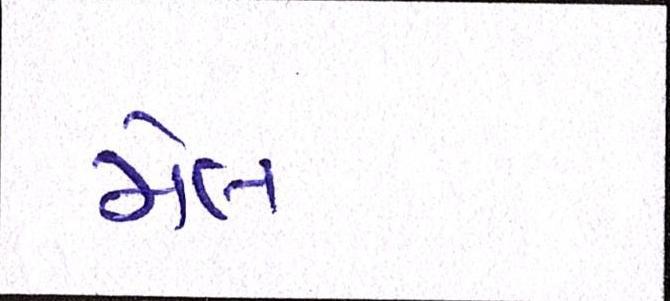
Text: મેલ